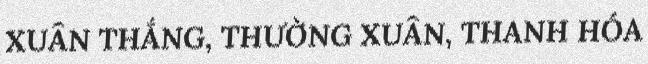
XUÂN THẮNG, THƯỜNG XUÂN, THANH HÓA